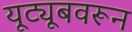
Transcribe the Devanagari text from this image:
यूट्यूबवरून